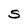
Character: S